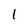
Character: 1